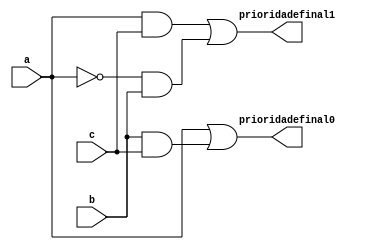
module compara_prioridade_igualdade(
	input a,b,c,
	output wire prioridadefinal0,prioridadefinal1
);
wire [2:0] data;
//saida 1
not not0(a1,a);
and and0(data[0],b,c);
or or0(prioridadefinal0,a,data[0]);
//saida 2
and and1(data[1],a,c);
and and2(data[2],a1,b);
or or1(prioridadefinal1,data[1],data[2]);
endmodule 
//caso as funes sejam diferentes os dois perfis tem acesso, caso sejam iguais, a prioridade  mantida